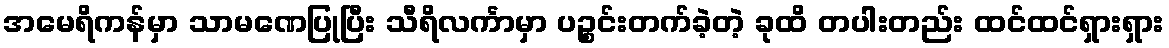
အမေရိကန်မှာ သာမဏေပြုပြီး သီရိလင်္ကာမှာ ပဉ္စင်းတက်ခဲ့တဲ့ ခုထိ တပါးတည်း ထင်ထင်ရှားရှား